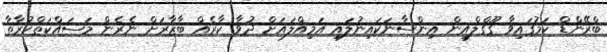
ބްރޭންޑް ކަމުގައިވާ ގޫގްލްއިން އިންސާނަކައިނުލައި އަމިއްލައަށް ދުވާ ކާރެއް ބާޒާރަށް ނެރެން މަސައްކަތްކުރާތާ